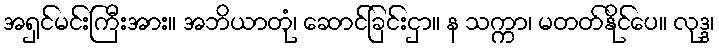
အရှင်မင်းကြီးအား။ အဘိယာတုံ၊ ဆောင်ခြင်းငှာ။ န သက္ကာ၊ မတတ်နိုင်ပေ။ လုဒ္ဒ၊